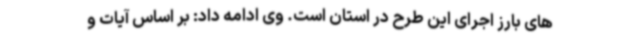
های بارز اجرای این طرح در استان است. وی ادامه داد: بر اساس آیات و